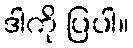
ဒါကို ပြပါ။